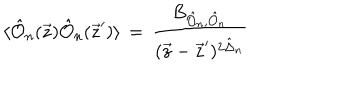
LaTeX: \langle \hat { { \cal O } } _ { n } ( \vec { z } ) \hat { { \cal O } } _ { n } ( \vec { z } ^ { \prime } ) \rangle \, = \, \frac { B _ { { \hat { { \cal O } } _ { n } } , \hat { { \cal O } } _ { n } } } { ( \vec { z } - \vec { z } ^ { \prime } ) ^ { 2 \hat { \Delta } _ { n } } } \,